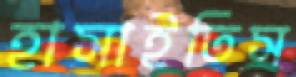
হাসাইতিস